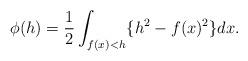
LaTeX: \begin{align*} \begin{aligned} \phi(h)=\frac{1}{2}\int_{f(x)<h}\{h^2-f(x)^2\}dx. \end{aligned} \end{align*}